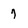
Character: 7